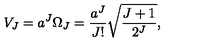
V _ { J } = a ^ { J } \Omega _ { J } = { \frac { a ^ { J } } { J ! } } \sqrt { \frac { J + 1 } { 2 ^ { J } } } ,